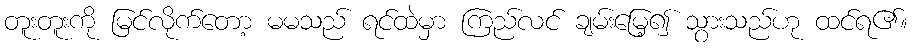
တူးတူးကို မြင်လိုက်တော့ မမသည် ရင်ထဲမှာ ကြည်လင် ချမ်းမြေ့၍ သွားသည်ဟု ထင်ရ၏။